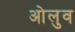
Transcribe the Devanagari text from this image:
ओलुव